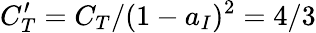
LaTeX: C_{T}^{\prime}=C_{T}/(1-a_{I})^{2}=4/3